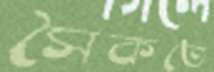
সৈকতে